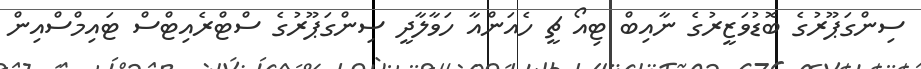
ސިންގަޕޫރުގެ ބޮޑުވަޒީރުގެ ނާއިބް ޓިއޯ ޗީ ހެއަންއާ ހަވާލާދީ ސިންގަޕޫރުގެ ސްޓްރެއިޓްސް ޓައިމްސްއިން